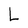
Character: L